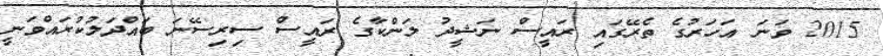
2015 ވަނަ އަހަރުގެ ތެރޭގައި ރައީސް ނަޝީދު ލަންކާގެ ރައީސް ސިރިސޭނަ ބައްދަލުކުރައްވަނީ